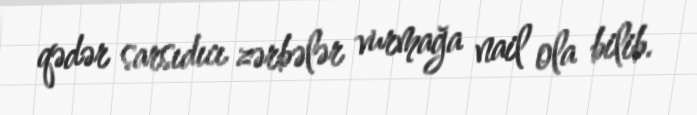
qədər sarsıdıcı zərbələr vurmağa nail ola bilib.